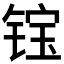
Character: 𲈉